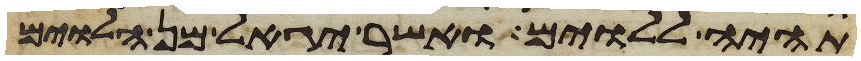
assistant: תהיה ללוים ואשר יגאל מן הלוים